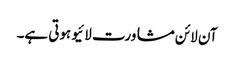
آن لائن مشاورت لائیو ہوتی ہے۔